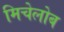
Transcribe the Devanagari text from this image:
मिचेलोब